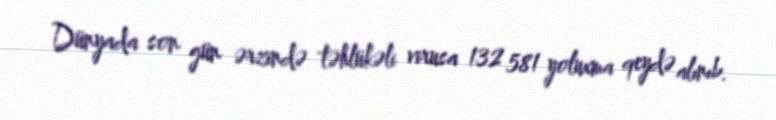
Dünyada son gün ərzində təhlükəli virusa 132 581 yoluxma qeydə alınıb.